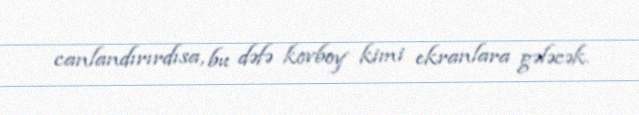
canlandırırdısa, bu dəfə kovboy kimi ekranlara gələcək.